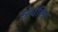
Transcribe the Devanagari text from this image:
संचरित्र